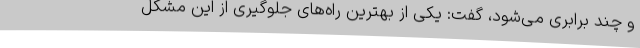
و چند برابری می‌شود، گفت: یکی از بهترین راه‌های جلوگیری از این مشکل